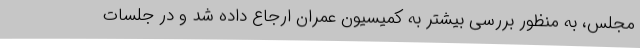
مجلس، به منظور بررسی بیشتر به کمیسیون عمران ارجاع داده شد و در جلسات